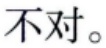
不对。